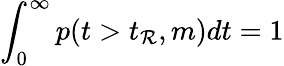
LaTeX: \int_{0}^{\infty}p(t>t_{\mathcal{R}},m)dt=1